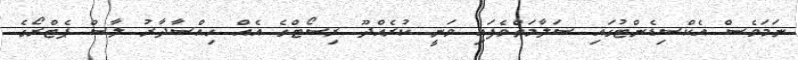
ނަމަވެސް އެކްސިޑެންޓުގައި ސަލާމަތްވެފައި ވަނީ ކުރެއްދޫ ރިސޯޓްގެ އެއް ހިއްސާދާރު ލާސް ޕެޓްރޯގެ